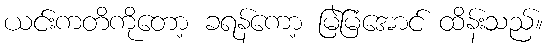
ယင်းကတိကိုတော့ ခရန်ကော့ မြဲမြံအောင် ထိန်းသည်။